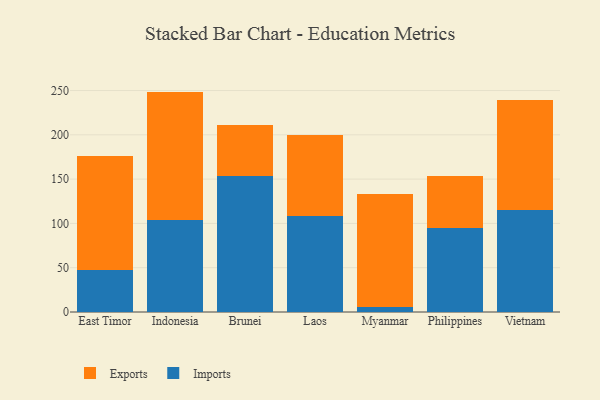
{"axis": {"x": "Country", "y": "Gross Profit (USD K)"}, "legend": ["Exports", "Imports"], "data": [{"x": "East Timor", "y": 47.7, "type": "Imports"}, {"x": "East Timor", "y": 128.0, "type": "Exports"}, {"x": "Indonesia", "y": 103.3, "type": "Imports"}, {"x": "Indonesia", "y": 145.5, "type": "Exports"}, {"x": "Brunei", "y": 153.6, "type": "Imports"}, {"x": "Brunei", "y": 57.1, "type": "Exports"}, {"x": "Laos", "y": 108.2, "type": "Imports"}, {"x": "Laos", "y": 91.1, "type": "Exports"}, {"x": "Myanmar", "y": 5.7, "type": "Imports"}, {"x": "Myanmar", "y": 127.8, "type": "Exports"}, {"x": "Philippines", "y": 95.1, "type": "Imports"}, {"x": "Philippines", "y": 57.9, "type": "Exports"}, {"x": "Vietnam", "y": 114.9, "type": "Imports"}, {"x": "Vietnam", "y": 124.8, "type": "Exports"}]}